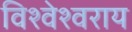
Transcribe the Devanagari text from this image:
विश्वेश्वराय